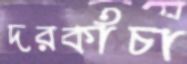
দরকাঁচা